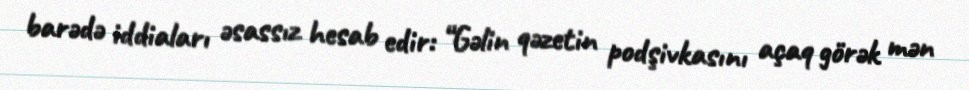
barədə iddiaları əsassız hesab edir: “Gəlin qəzetin podşivkasını açaq görək mən